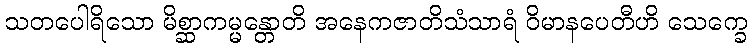
သတပေါရိသော မိစ္ဆာကမ္မန္တောတိ အနေကဇာတိသံသာရံ ဝိမာနပေတီဟိ သေက္ခေ